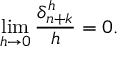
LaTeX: \operatorname* { l i m } _ { h \to 0 } { \frac { \delta _ { n + k } ^ { h } } { h } } = 0 .